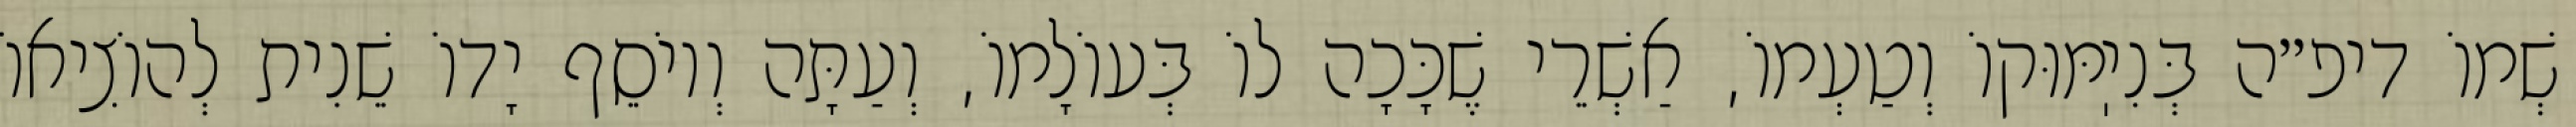
שְׁמוֹ דיפ״ה בְּנִיֽמּוּקוֹ וְטַעְמוֹ, אַשְׁרֵי שֶׁכָּכָה לוֹ בְּעוֹלָמוֹ, וְעַתָּה וְיוֹסֵף יָדוֹ שֵׁנִית לְהוֹצִיאוֹ